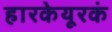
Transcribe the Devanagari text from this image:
हारकेयूरकं